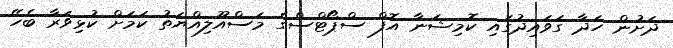
ދަށުން ހަދާ ގަވައިދުގައި ކޮމިޝަނާ އޮފް ސްޕޯޓްސްގެ މަސްއޫލިއްޔަތު ކަމަށް ކުޅިވަރާ ބެހޭ